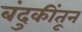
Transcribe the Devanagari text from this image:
बंदुकींतून